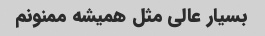
بسیار عالی مثل همیشه ممنونم